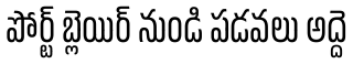
పోర్ట్ బ్లెయిర్ నుండి పడవలు అద్దె